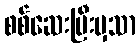
စစ်ဆေးပြီးမှသာ